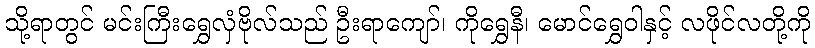
သို့ရာတွင် မင်းကြီးရွှေလှံဗိုလ်သည် ဦးရာကျော်၊ ကိုရွှေနီ၊ မောင်ရွှေဝါနှင့် လဖိုင်လတို့ကို